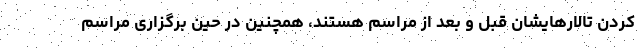
کردن تالارهایشان قبل و بعد از مراسم هستند، همچنین در حین برگزاری مراسم